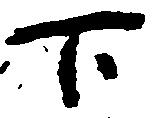
下